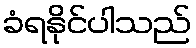
ခံရနိုင်ပါသည်